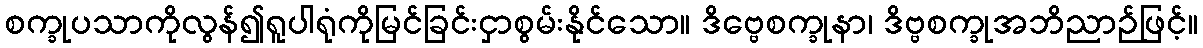
စက္ခုပသာကိုလွန်၍ရူပါရုံကိုမြင်ခြင်းငှာစွမ်းနိုင်သော။ ဒိဗ္ဗေစက္ခုနာ၊ ဒိဗ္ဗစက္ခုအဘိညာဉ်ဖြင့်။